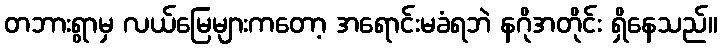
တဘားရွာမှ လယ်မြေများကတော့ အရောင်းမခံရဘဲ နဂိုအတိုင်း ရှိနေသည်။